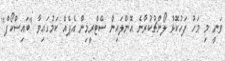
ވަނީ މި މަހު ފަހުކޮޅު ލޯންޗުކުރާނެ އޮންލައިން ސްޓްރީމިން އެޕެއް ކަމުގައިވާ "ބައިސްކޯފް"